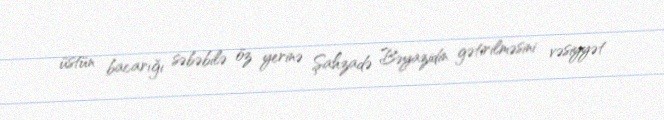
üstün bacarığı səbəbilə öz yerinə Şahzadə Bəyazidin gətirilməsini vəsiyyət